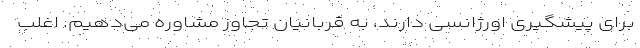
برای پیشگیری اورژانسی دارند، به قربانیان تجاوز مشاوره می‌دهیم. اغلب